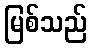
မြစ်သည်